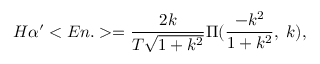
H \alpha ^ { \prime } < E n . > = \frac { 2 k } { T \sqrt { 1 + k ^ { 2 } } } \Pi ( \frac { - k ^ { 2 } } { 1 + k ^ { 2 } } , \; k ) ,